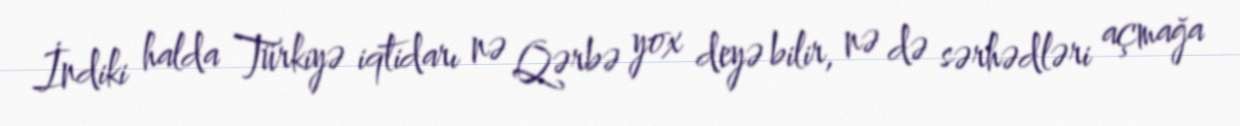
İndiki halda Türkiyə iqtidarı nə Qərbə yox deyə bilir, nə də sərhədləri açmağa